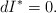
\begin{align*} dI^\ast=0.\end{align*}